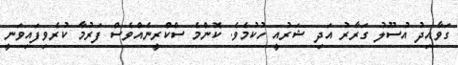
ގަވާއިދު އުސޫލު ގަރާރު އަދި ޝަރުއީ ހުކުމެވެ. ކޮންމެ ސްކްރީނެއްވެސް ފަރުމާ ކުރެވިފައިވަނީ